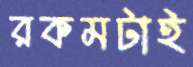
রকমটাই